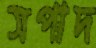
সপাদ